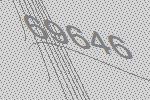
69646